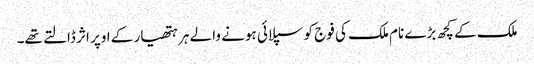
ملک کے کچھ بڑے نام ملک کی فوج کو سپلائی ہونے والے ہر ہتھیار کے اوپر اثر ڈالتے تھے۔